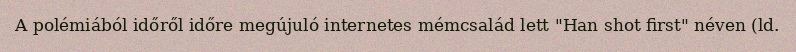
A polémiából időről időre megújuló internetes mémcsalád lett "Han shot first" néven (ld.